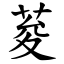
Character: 荾